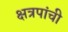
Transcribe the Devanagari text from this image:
क्षत्रपांची